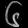
Digit: ၆